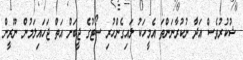
ޝުކުރުވެސް އަދާ ނުކުރާނަންތަ އެމީހަކު ލައިގެންހުރި ސޯޓުގެ ޖީބަށް އަތް ޖަހައިލަމުން ނޫރީން